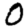
Digit: 0